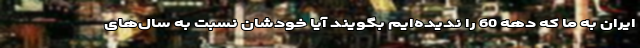
ایران به ما که دهه 60 را ندیده‌ایم بگویند آیا خودشان نسبت به سال‌های